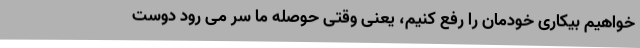
خواهیم بیکاری خودمان را رفع کنیم، یعنی وقتی حوصله ما سر می رود دوست